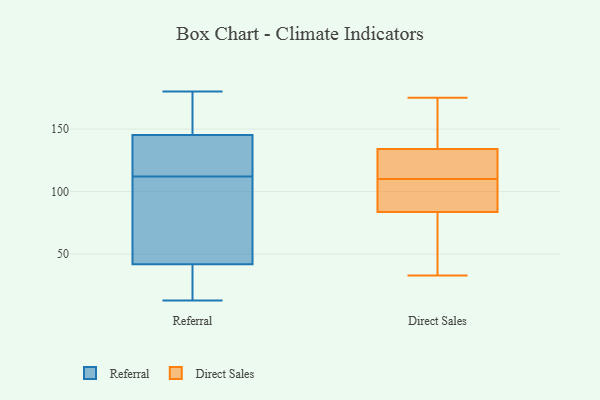
{"axis": {"x": "Headcount", "y": "Value"}, "legend": ["Direct Sales", "Referral"], "data": [{"x": "", "y": 112, "type": "Referral"}, {"x": "", "y": 113, "type": "Referral"}, {"x": "", "y": 39, "type": "Referral"}, {"x": "", "y": 151, "type": "Referral"}, {"x": "", "y": 180, "type": "Referral"}, {"x": "", "y": 101, "type": "Referral"}, {"x": "", "y": 13, "type": "Referral"}, {"x": "", "y": 160, "type": "Referral"}, {"x": "", "y": 108, "type": "Referral"}, {"x": "", "y": 25, "type": "Referral"}, {"x": "", "y": 126, "type": "Referral"}, {"x": "", "y": 155, "type": "Referral"}, {"x": "", "y": 128, "type": "Referral"}, {"x": "", "y": 41, "type": "Referral"}, {"x": "", "y": 45, "type": "Referral"}, {"x": "", "y": 110, "type": "Direct Sales"}, {"x": "", "y": 71, "type": "Direct Sales"}, {"x": "", "y": 60, "type": "Direct Sales"}, {"x": "", "y": 140, "type": "Direct Sales"}, {"x": "", "y": 140, "type": "Direct Sales"}, {"x": "", "y": 129, "type": "Direct Sales"}, {"x": "", "y": 103, "type": "Direct Sales"}, {"x": "", "y": 88, "type": "Direct Sales"}, {"x": "", "y": 124, "type": "Direct Sales"}, {"x": "", "y": 132, "type": "Direct Sales"}, {"x": "", "y": 175, "type": "Direct Sales"}, {"x": "", "y": 98, "type": "Direct Sales"}, {"x": "", "y": 33, "type": "Direct Sales"}]}